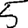
Digit: 5